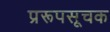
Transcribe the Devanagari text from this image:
प्ररूपसूचक